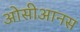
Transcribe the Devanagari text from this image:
ओसीआनस